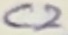
Text: C2